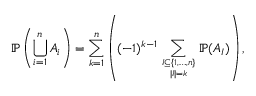
\mathbb { P } \left( \bigcup _ { i = 1 } ^ { n } A _ { i } \right) = \sum _ { k = 1 } ^ { n } \left( ( - 1 ) ^ { k - 1 } \sum _ { I \subseteq \{ 1 , \ldots , n \} \atop | I | = k } \mathbb { P } ( A _ { I } ) \right) ,